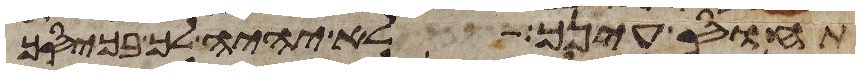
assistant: תחוס עינך לא יהיה לך בכיסך